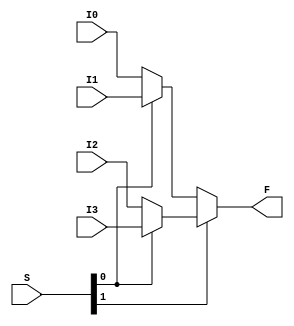
module Mux4to1Nbit(F, S, I0, I1, I2, I3);
	parameter N = 64;
	input [N-1:0]I0, I1, I2, I3;
	input [1:0]S;
	output [N-1:0]F;
	
	assign F = S[1] ? (S[0] ? I3 : I2) : (S[0] ? I1 : I0);
endmodule

module Mux8to1Nbit(F, S, I0, I1, I2, I3, I4, I5, I6, I7);
	parameter N = 64;
	input [N-1:0]I0, I1, I2, I3, I4, I5, I6, I7;
	input [2:0]S;
	output [N-1:0]F;
	
	assign F = S[2] ? (S[1] ? (S[0] ? I7 : I6) : (S[0] ? I5 : I4)) : (S[1] ? (S[0] ? I3 : I2) : (S[0] ? I1 : I0));
endmodule

// this is here only to make into a block
module mux2to1_64bit(F, S, I0, I1);
	input [63:0] I0, I1;
	input S;
	output [63:0] F;
	
	assign F = S ? I1 : I0;
endmodule